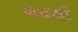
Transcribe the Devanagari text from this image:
गद्‍दी